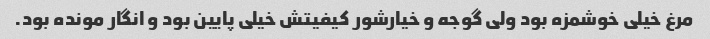
مرغ خیلی خوشمزه بود ولی گوجه و خیارشور کیفیتش خیلی پایین بود و انگار مونده بود.